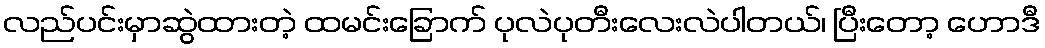
လည်ပင်းမှာဆွဲထားတဲ့ ထမင်းခြောက် ပုလဲပုတီးလေးလဲပါတယ်၊ ပြီးတော့ ဟောဒီ